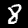
Digit: 8